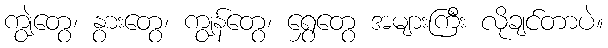
ကျွဲတွေ၊ နွားတွေ၊ ကျွန်တွေ၊ ရွှေတွေ အများကြီး လိုချင်တာပဲ။